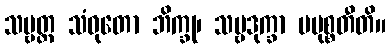
သဗ္ဗတ္ထ သံဝုတော ဘိက္ခု၊ သဗ္ဗဒုက္ခာ ပမုစ္စတီတိ။